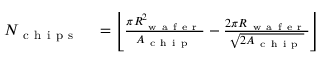
\begin{array} { r l } { N _ { \mathrm { ~ c ~ h ~ i ~ p ~ s ~ } } } & { { } = \left\lfloor \frac { \pi R _ { \mathrm { ~ w ~ a ~ f ~ e ~ r ~ } } ^ { 2 } } { A _ { \mathrm { ~ c ~ h ~ i ~ p ~ } } } - \frac { 2 \pi R _ { \mathrm { ~ w ~ a ~ f ~ e ~ r ~ } } } { \sqrt { 2 A _ { \mathrm { ~ c ~ h ~ i ~ p ~ } } } } \right\rfloor } \end{array}